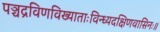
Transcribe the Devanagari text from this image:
पञ्चद्रविणविख्याताःविन्ध्यदक्षिणवासिनः॥